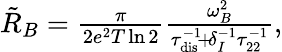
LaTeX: \begin{array}{r}{\tilde{R}_{B}=\frac{\pi}{2e^{2}T\ln 2}\frac{\omega_{B}^{2}}{\tau_{\mathrm{dis}}^{-1}\! +\! \delta_{I}^{-1}\tau_{22}^{-1}},}\end{array}